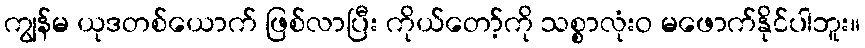
ကျွန်မ ယုဒတစ်ယောက် ဖြစ်လာပြီး ကိုယ်တော့်ကို သစ္စာလုံးဝ မဖောက်နိုင်ပါဘူး။